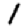
Digit: 1